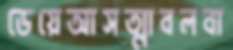
ডেয়েআসত্মাবলবা